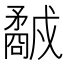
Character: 𥎕